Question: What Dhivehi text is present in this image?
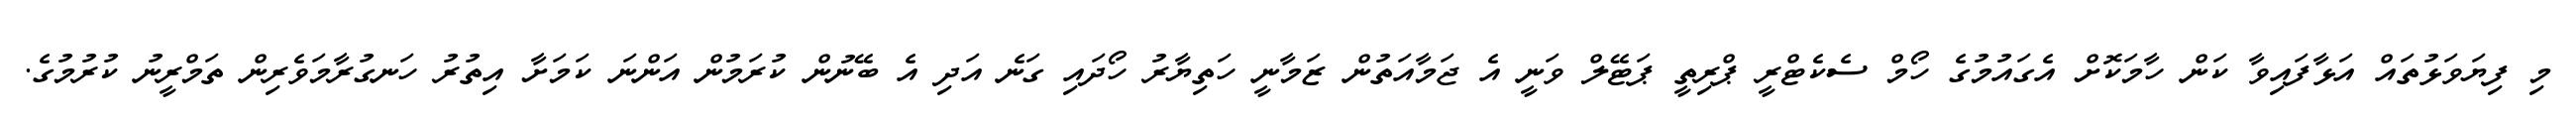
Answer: މި ފިޔަވަޅުތައް އަޅާފައިވާ ކަން ހާމަކޮށް އެގައުމުގެ ހޯމް ސެކެޓްރީ ޕްރިތީ ޕަޓޭލް ވަނީ އެ ޖަމާއަތުން ޒަމާނީ ހަތިޔާރު ހޯދައި ގަނެ އަދި އެ ބޭނުން ކުރަމުން އަންނަ ކަމަށާ އިތުރު ހަނގުރާމަވެރިން ތަމްރީނު ކުރުމުގެ.